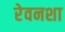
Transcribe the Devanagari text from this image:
रेवनशा